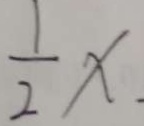
\frac { 1 } { 2 } x .